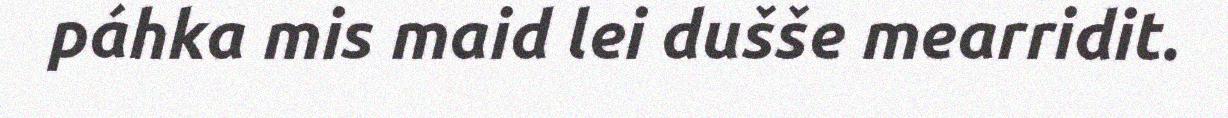
páhka mis maid lei dušše mearridit.